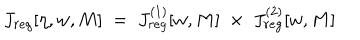
J _ { r e g } [ \eta , w , M ] \; = \; J _ { r e g } ^ { ( 1 ) } [ w , M ] \; \times \; J _ { r e g } ^ { ( 2 ) } [ w , M ]